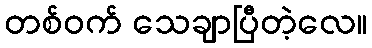
တစ်ဝက် သေချာပြီတဲ့လေ။